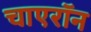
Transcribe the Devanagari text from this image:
चाएरॉन